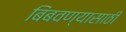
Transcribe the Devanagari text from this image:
बिंबवण्यासाठी